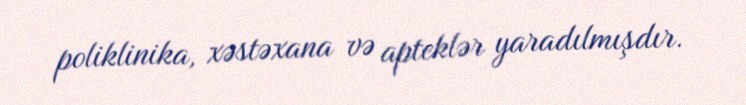
poliklinika, xəstəxana və apteklər yaradılmışdır.